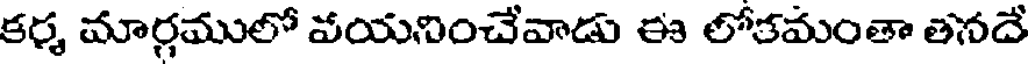
కర్మ మార్గములో వయనించేవాడు ఈ లోకమంతా తనదే